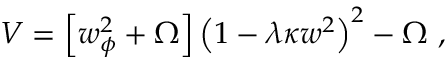
V = \left[ w _ { \phi } ^ { 2 } + \Omega \right] \left( 1 - \lambda \kappa w ^ { 2 } \right) ^ { 2 } - \Omega ~ ,